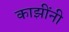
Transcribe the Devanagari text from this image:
काझींनी